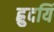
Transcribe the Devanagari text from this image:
ह्रुदयिं